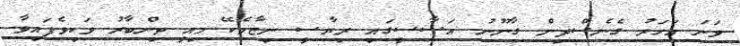
ވަނަ އަހަރު ގެނެސްދިން ގާނޫނު އަސާސީގައި ރިޔާސީ ނިޒާމެކޭ މިއީ ތިންބާރު ވަކިވެފައިވާ